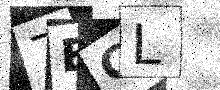
Text: 7BCL